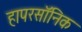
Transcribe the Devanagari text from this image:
हापरसॉनिक